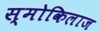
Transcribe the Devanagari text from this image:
स्मोकिलाज